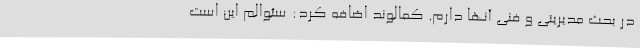
در بحث مدیریتی و فنی آنها دارم. کمالوند اضافه کرد:‌ سئوالم این است